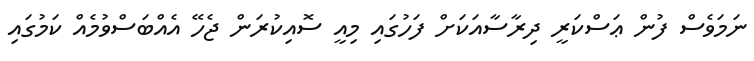
ނަމަވެސް ފުން ޢަސްކަރީ ދިރާސާއަކަށް ފަހުގައި މިއީ ސޮއިކުރަން ޖެހޭ އެއްބަސްވުމެއް ކަމުގައި